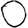
Digit: 0